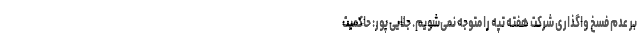
بر عدم فسخ واگذاری شرکت هفته تپه را متوجه نمی‌شویم. جلایی پور: حاکمیت